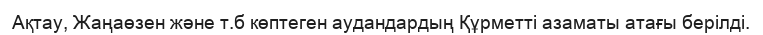
Ақтау, Жаңаөзен және т.б көптеген аудандардың Құрметті азаматы атағы берілді.